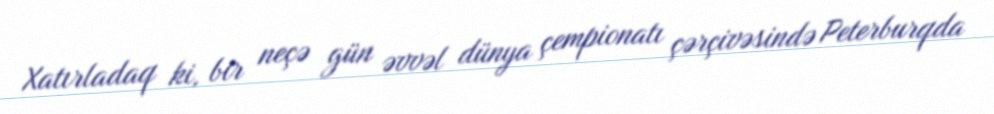
Xatırladaq ki, bir neçə gün əvvəl dünya çempionatı çərçivəsində Peterburqda